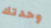
وحدتك